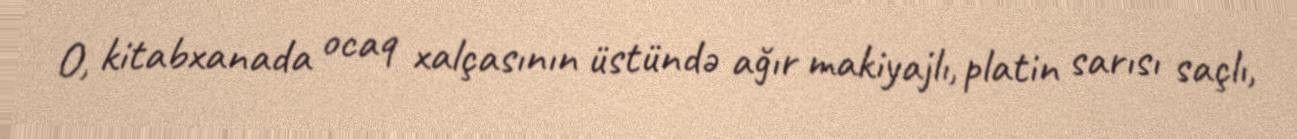
O, kitabxanada ocaq xalçasının üstündə ağır makiyajlı, platin sarısı saçlı,